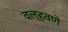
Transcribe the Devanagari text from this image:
वल्हवणे